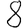
Digit: 8